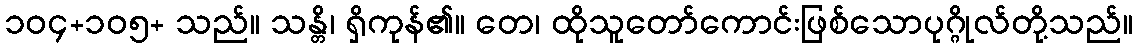
၁၀၄+၁၀၅+ သည်။ သန္တိ၊ ရှိကုန်၏။ တေ၊ ထိုသူတော်ကောင်းဖြစ်သောပုဂ္ဂိုလ်တို့သည်။